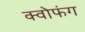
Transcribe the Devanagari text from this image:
क्वोफंग